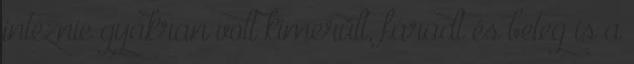
intéznie gyakran volt kimerült, fáradt és beteg is a